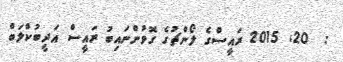
:  20